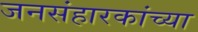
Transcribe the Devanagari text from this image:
जनसंहारकांच्या